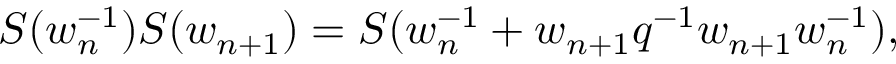
S ( w _ { n } ^ { - 1 } ) S ( w _ { n + 1 } ) = S ( w _ { n } ^ { - 1 } + w _ { n + 1 } q ^ { - 1 } w _ { n + 1 } w _ { n } ^ { - 1 } ) ,